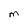
Character: M